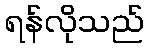
ရန်လိုသည်